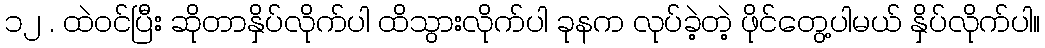
၁၂ . ထဲဝင်ပြီး ဆိုတာနှိပ်လိုက်ပါ ထိသွားလိုက်ပါ ခုနက လုပ်ခဲ့တဲ့ ဖိုင်တွေ့ပါမယ် နှိပ်လိုက်ပါ။